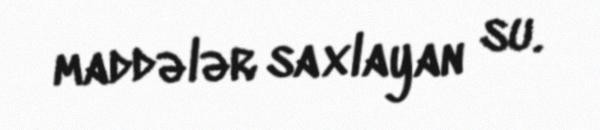
maddələr saxlayan su.